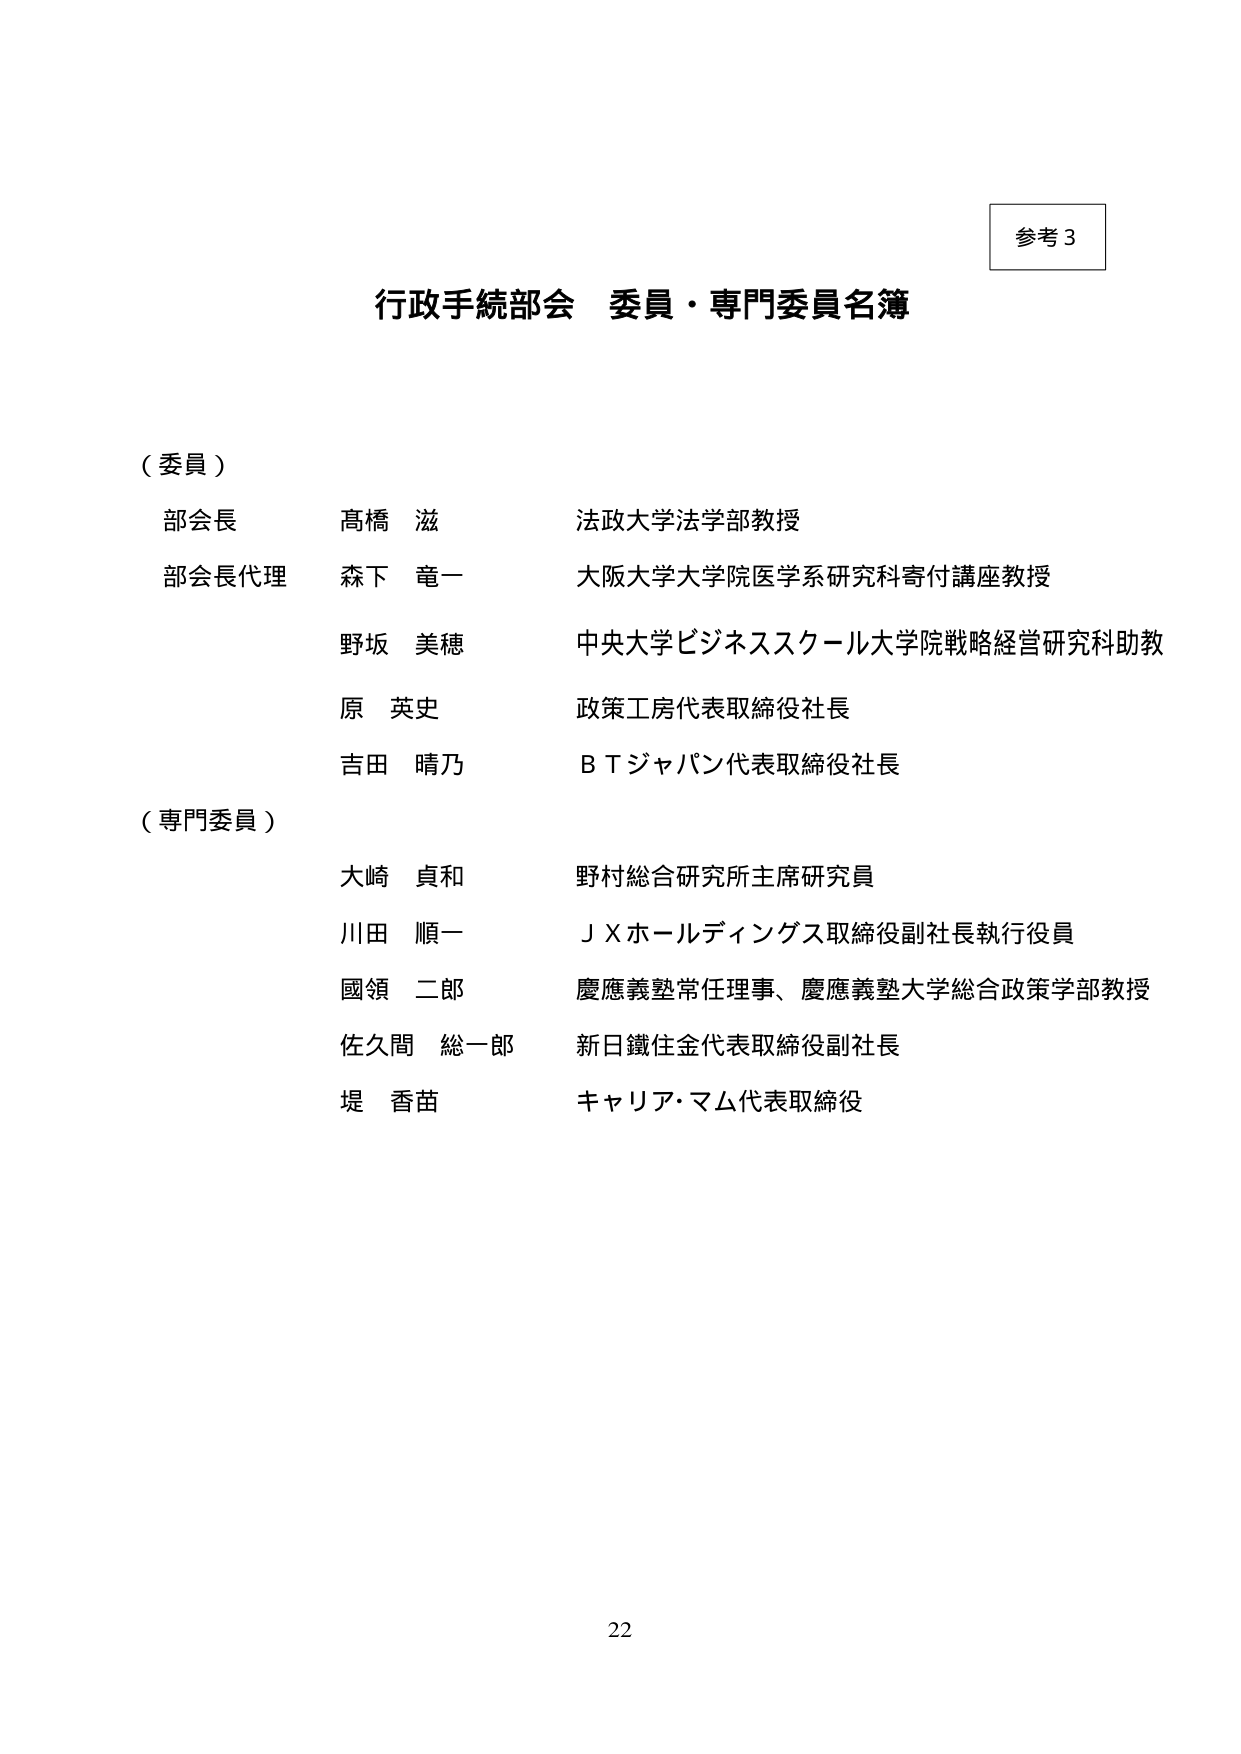
参考3

行政手続部会 委員・専門委員名簿

（委員）
部会長 髙橋 滋 法政大学法学部教授
部会長代理 森下 竜一 大阪大学大学院医学系研究科寄付講座教授
野坂 美穂 中央大学ビジネススクール大学院戦略経営研究科助教
原 英史 政策工房代表取締役社長
吉田 晴乃 ＢＴジャパン代表取締役社長

（専門委員）
大崎 貞和 野村総合研究所主席研究員
川田 順一 ＪＸホールディングス取締役副社長執行役員
國領 二郎 慶應義塾常任理事、慶應義塾大学総合政策学部教授
佐久間 総一郎 新日鐵住金代表取締役副社長
堤 香苗 キャリア・マム代表取締役

22